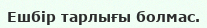
Ешбір тарлығы болмас.